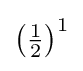
{\textstyle \left({\tfrac {1}{2}}\right)^{1}}